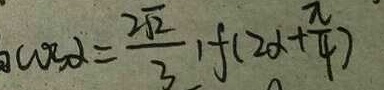
\cos \alpha = \frac { 2 \sqrt { 2 } } { 3 } , f ( 2 \alpha + \frac { \pi } { 4 } )